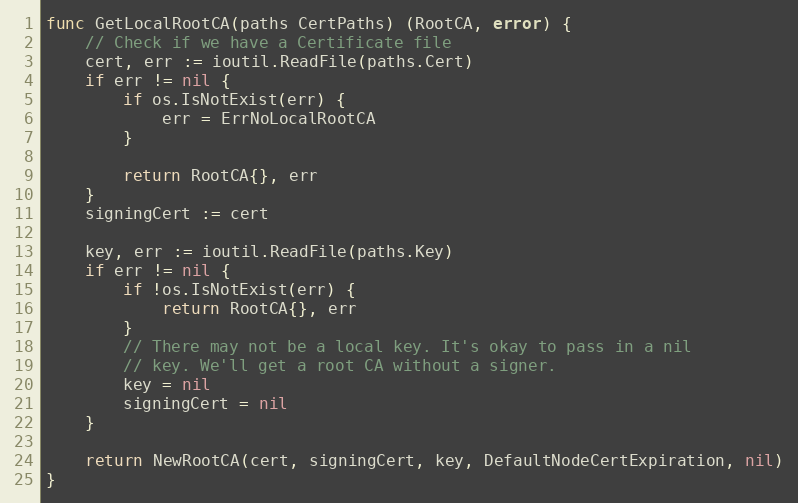
Language: Go
func GetLocalRootCA(paths CertPaths) (RootCA, error) {
	// Check if we have a Certificate file
	cert, err := ioutil.ReadFile(paths.Cert)
	if err != nil {
		if os.IsNotExist(err) {
			err = ErrNoLocalRootCA
		}

		return RootCA{}, err
	}
	signingCert := cert

	key, err := ioutil.ReadFile(paths.Key)
	if err != nil {
		if !os.IsNotExist(err) {
			return RootCA{}, err
		}
		// There may not be a local key. It's okay to pass in a nil
		// key. We'll get a root CA without a signer.
		key = nil
		signingCert = nil
	}

	return NewRootCA(cert, signingCert, key, DefaultNodeCertExpiration, nil)
}